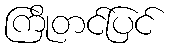
ကြိုတင်ပြင်